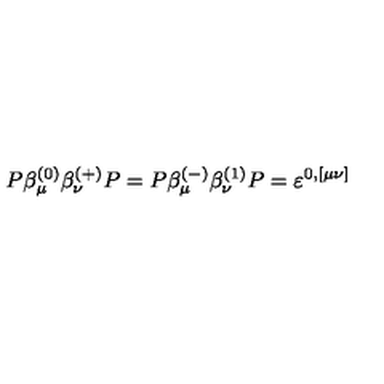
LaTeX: P \beta _ { \mu } ^ { ( 0 ) } \beta _ { \nu } ^ { ( + ) } P = P \beta _ { \mu } ^ { ( - ) } \beta _ { \nu } ^ { ( 1 ) } P = \varepsilon ^ { 0 , [ \mu \nu ] }